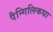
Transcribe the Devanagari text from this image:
पैन्गिलिकधा